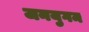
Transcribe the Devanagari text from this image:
जनयुगम